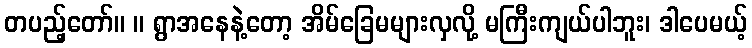
တပည့်တော်။ ။ ရွာအနေနဲ့တော့ အိမ်ခြေမများလှလို့ မကြီးကျယ်ပါဘူး၊ ဒါပေမယ့်